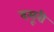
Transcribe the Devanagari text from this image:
दसूरी